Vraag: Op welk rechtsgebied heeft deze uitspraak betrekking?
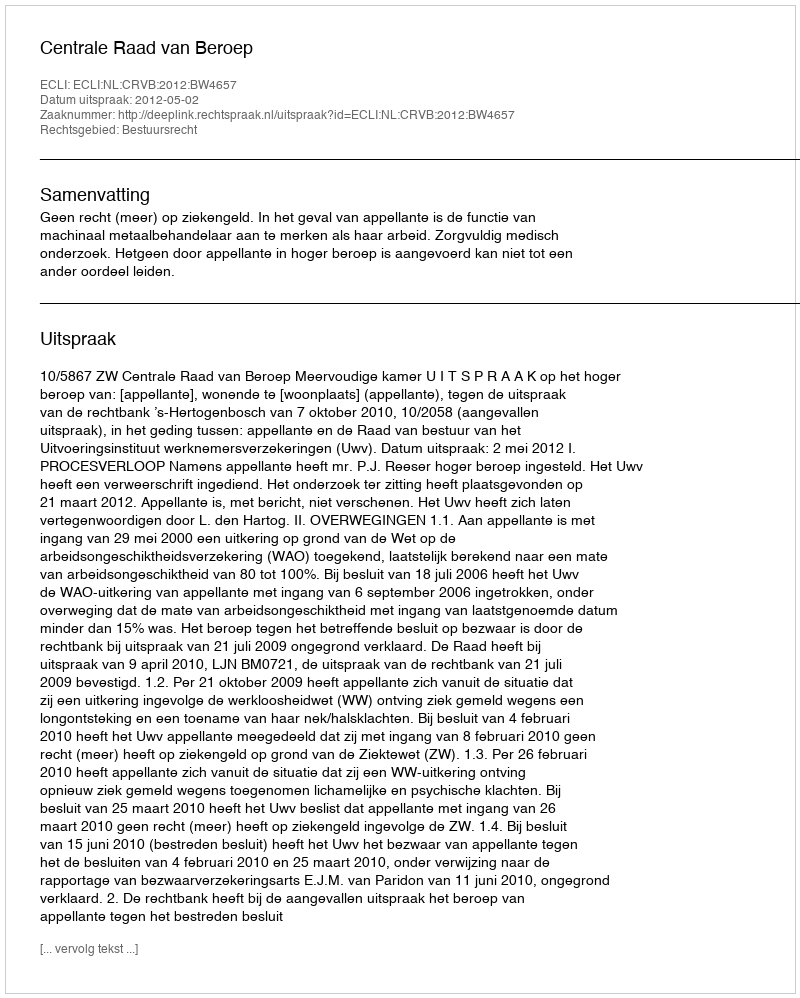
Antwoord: Bestuursrecht